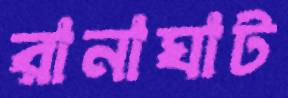
রানাঘাট